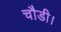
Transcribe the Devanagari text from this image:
चौडी।